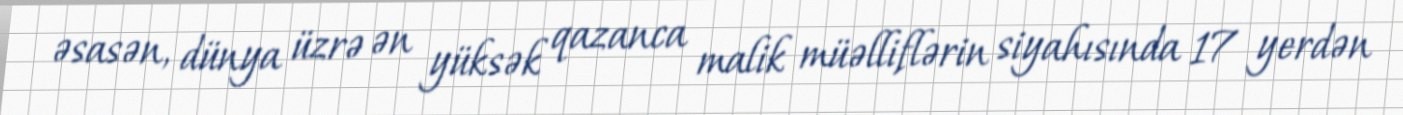
əsasən, dünya üzrə ən yüksək qazanca malik müəlliflərin siyahısında 17 yerdən